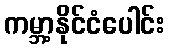
ကမ္ဘာ့နိုင်ငံပေါင်း